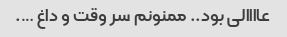
عاااالی بود.. ممنونم سر وقت و داغ ….